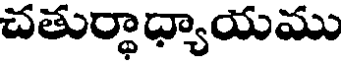
చతుర్థాధ్యాయము